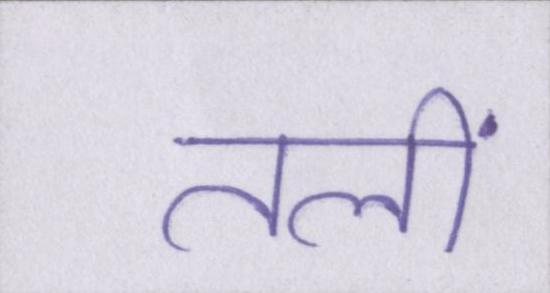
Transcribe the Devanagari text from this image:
तलीं